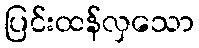
ပြင်းထန်လှသော